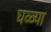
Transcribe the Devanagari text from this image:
घळ्या